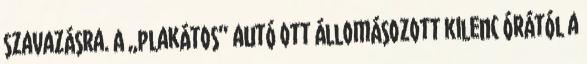
szavazásra. A „plakátos” autó ott állomásozott kilenc órától a